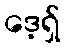
ဒေ့ရှ်